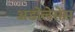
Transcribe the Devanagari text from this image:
अडोलेसेंस